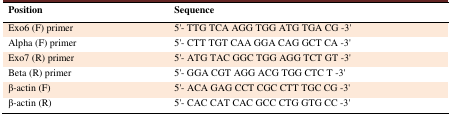
<table><thead><tr><td><b>Position</b></td><td><b>Sequence</b></td></tr></thead><tbody><tr><td>Exo6 (F) primer</td><td>5&#x27;- TTG TCA AGG TGG ATG TGA CG -3&#x27;</td></tr><tr><td>Alpha (F) primer</td><td>5&#x27;- CTT TGT CAA GGA CAG GCT CA -3&#x27;</td></tr><tr><td>Exo7 (R) primer</td><td>5&#x27;- ATG TAC GGC TGG AGG TCT GT -3&#x27;</td></tr><tr><td>Beta (R) primer</td><td>5&#x27;- GGA CGT AGG ACG TGG CTC T -3&#x27;</td></tr><tr><td>β-actin (F)</td><td>5&#x27;- ACA GAG CCT CGC CTT TGC CG -3&#x27;</td></tr><tr><td>β-actin (R)</td><td>5&#x27;- CAC CAT CAC GCC CTG GTG CC -3&#x27;</td></tr></tbody></table>